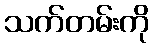
သက်တမ်းကို